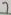
Text: 7